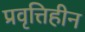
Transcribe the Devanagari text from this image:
प्रवृत्तिहीन